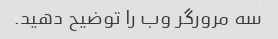
سه مرورگر وب را توضیح دهید.